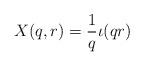
LaTeX: \begin{align*}X(q,r) = \frac 1q \iota(qr) \end{align*}